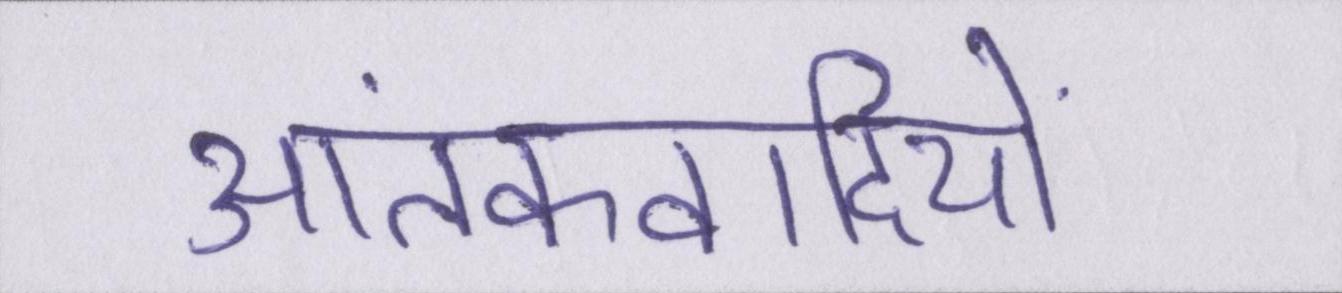
आतंकवादियों